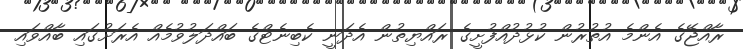
ރާއްޖޭގެ އެންމެ އުތުރުން ކުޅުދުއްފުށީގެ ރައްޔިތުން އެދަނީ ކެބިނެޓްގެ ބައްދަލުވުމެއް އެރަށުގައި ބާއްވައި